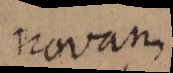
novam